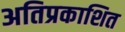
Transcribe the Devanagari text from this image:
अतिप्रकाशित